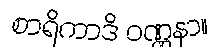
စာရိကာဒိ ဝဏ္ဏနာ။